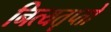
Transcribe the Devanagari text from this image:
नित्यतृप्तो